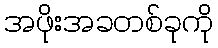
အဖိုးအခတစ်ခုကို